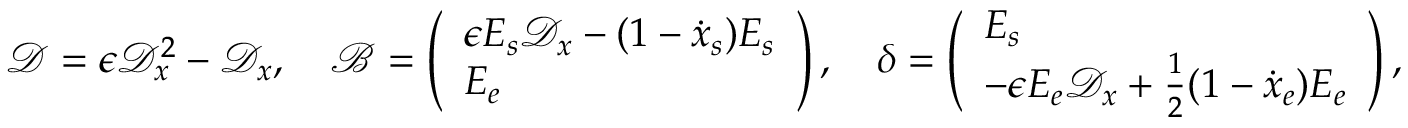
\mathcal { D } = \epsilon \mathcal { D } _ { x } ^ { 2 } - \mathcal { D } _ { x } , \quad \mathcal { B } = \left( \begin{array} { l } { \epsilon E _ { s } \mathcal { D } _ { x } - ( 1 - \dot { x } _ { s } ) E _ { s } } \\ { E _ { e } } \end{array} \right) , \quad \boldsymbol { \delta } = \left( \begin{array} { l } { E _ { s } } \\ { - \epsilon E _ { e } \mathcal { D } _ { x } + \frac { 1 } { 2 } ( 1 - \dot { x } _ { e } ) E _ { e } } \end{array} \right) ,